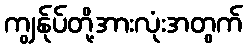
ကျွန်ုပ်တို့အားလုံးအတွက်